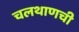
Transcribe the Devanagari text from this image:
चलथाणची